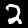
Digit: 2